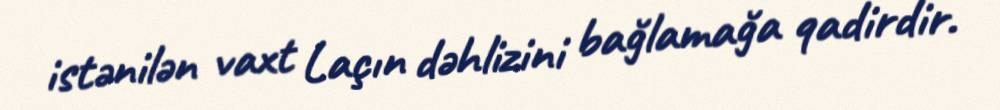
istənilən vaxt Laçın dəhlizini bağlamağa qadirdir.